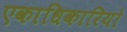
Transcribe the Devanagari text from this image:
एकाधिकारियो